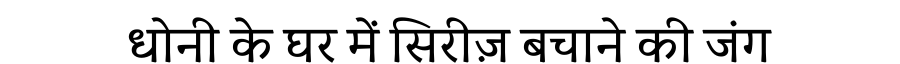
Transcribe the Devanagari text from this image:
धोनी के घर में सिरीज़ बचाने की जंग